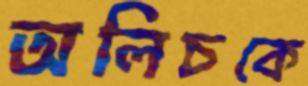
অলিচকে